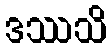
ဒဿသိ